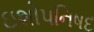
ઇશોપનિષદ